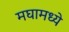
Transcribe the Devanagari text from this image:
मघामध्ये